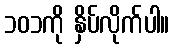
၁၀၁ကို နှိပ်လိုက်ပါ။